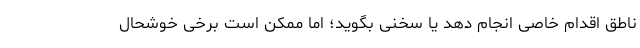
ناطق اقدام خاصی انجام دهد یا سخنی بگوید؛ اما ممکن است برخی خوشحال